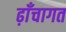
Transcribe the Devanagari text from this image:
ढ़ाँचागत